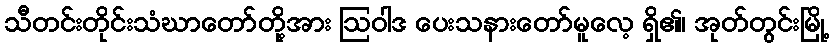
သီတင်းတိုင်းသံဃာတော်တို့အား ဩဝါဒ ပေးသနားတော်မူလေ့ ရှိ၏၊ အုတ်တွင်းမြို့